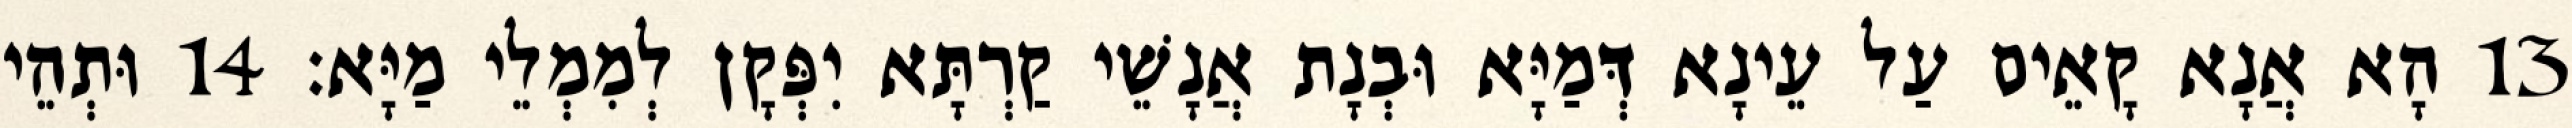
13 הָא אֲנָא קָאֵים עַל עֵינָא דְּמַיָּא וּבְנָת אֲנָשֵׁי קַרְתָּא יִפְּקָן לְמִמְלֵי מַיָּא׃ 14 וּתְהֵי